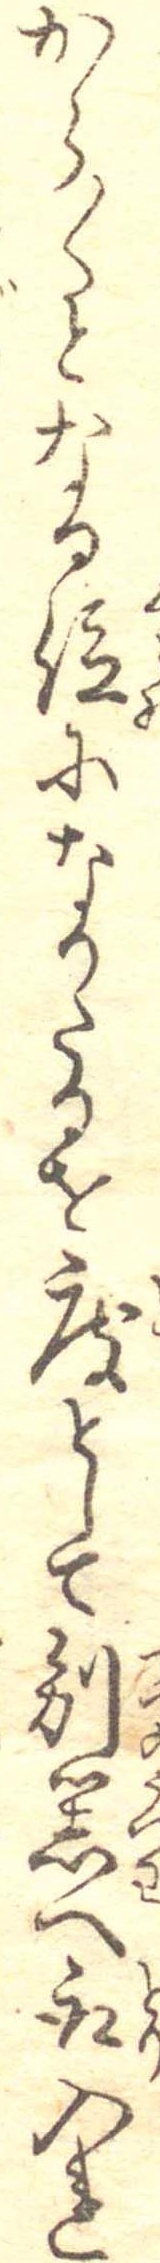
から〱となる位になりたるを度として別器へ取入れ